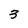
Character: 3